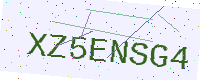
Text: XZ5ENSG4